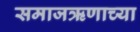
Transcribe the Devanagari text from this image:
समाजऋणाच्या